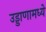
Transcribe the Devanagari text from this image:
उड्डाणामध्ये